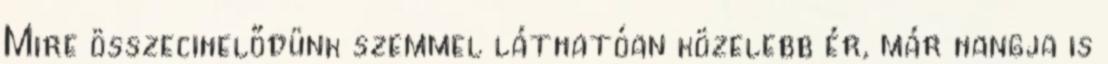
Mire összecihelődünk szemmel láthatóan közelebb ér, már hangja is